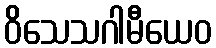
ဝိသေသဂါမီယေဝ